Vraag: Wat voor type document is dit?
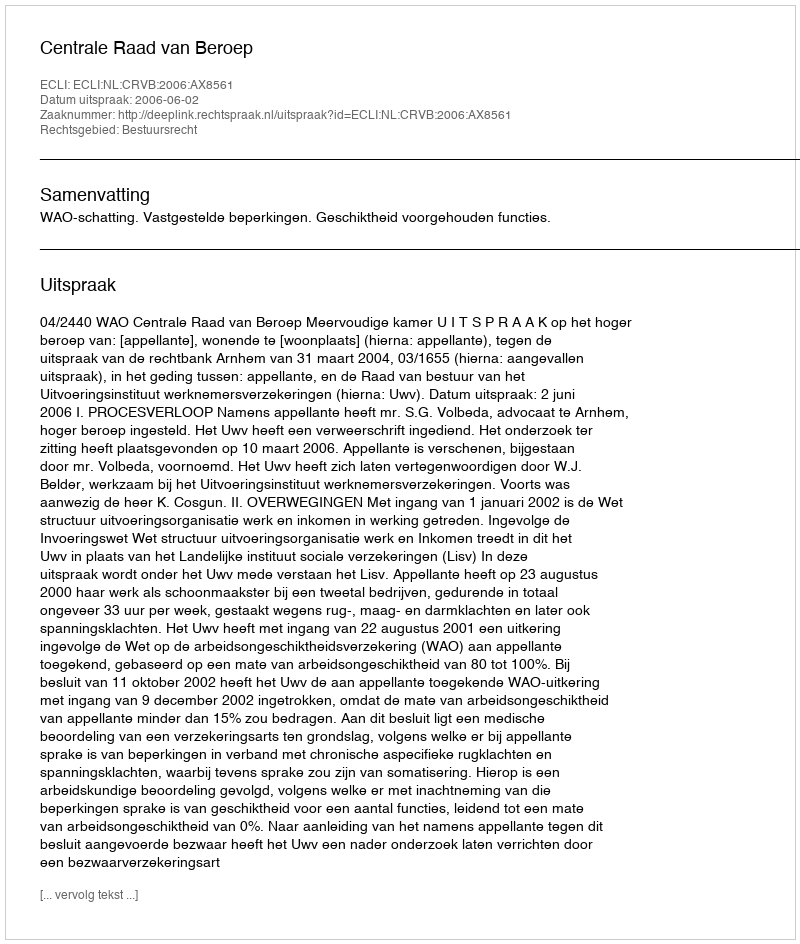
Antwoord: Uitspraak